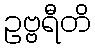
ဥဗ္ဗရီတိ